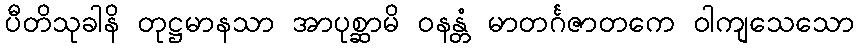
ပီတိသုခါနိ တုဋ္ဌမာနသာ အာပုစ္ဆာမိ ဝနန္တံ မာတင်္ဂဇာတကေ ဝါကျသေသော